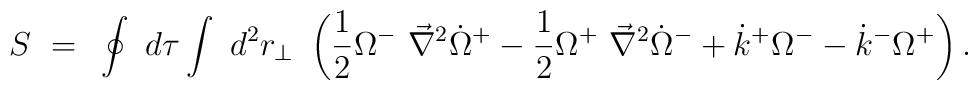
S~=~\oint~d\tau \int~d^2r_{\perp}~ \left( {1 \over 2}{\Omega}^{-}~{\vec \nabla}^2 {\dot {\Omega}}^{+} - {1 \over2}{\Omega}^{+}~{\vec \nabla}^2{\dot {\Omega}}^{-} + {\dot k}^{+}{\Omega}^{-} - {\dot k}^{-} {\Omega}^{+} \right) .